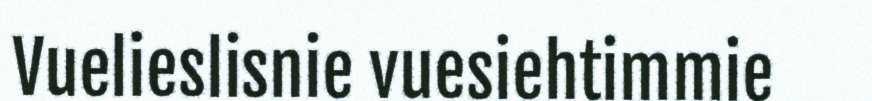
Vuelieslisnie vuesiehtimmie